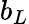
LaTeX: b_{L}